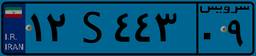
۵۲S۷۶۷۱۱